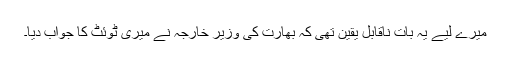
میرے لیے یہ بات ناقابل یقین تھی کہ بھارت کی وزیر خارجہ نے میری ٹوئٹ کا جواب دیا۔